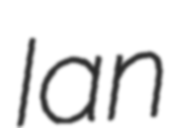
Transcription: Ian